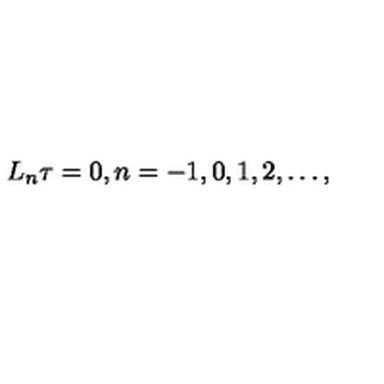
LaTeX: L _ { n } \tau = 0 , n = - 1 , 0 , 1 , 2 , \dots ,